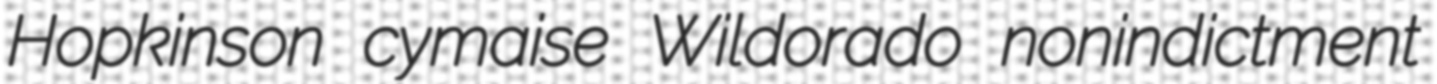
Hopkinson cymaise Wildorado nonindictment